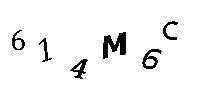
614M6C